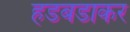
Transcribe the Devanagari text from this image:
हडबडाकर